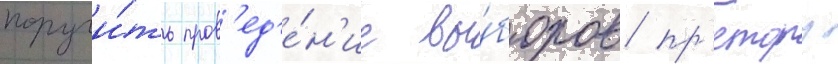
поручи́ть пров'ед'е́н'ие вы́боров пр'етору